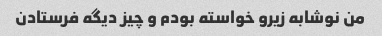
من نوشابه زیرو خواسته بودم و چیز دیگه فرستادن